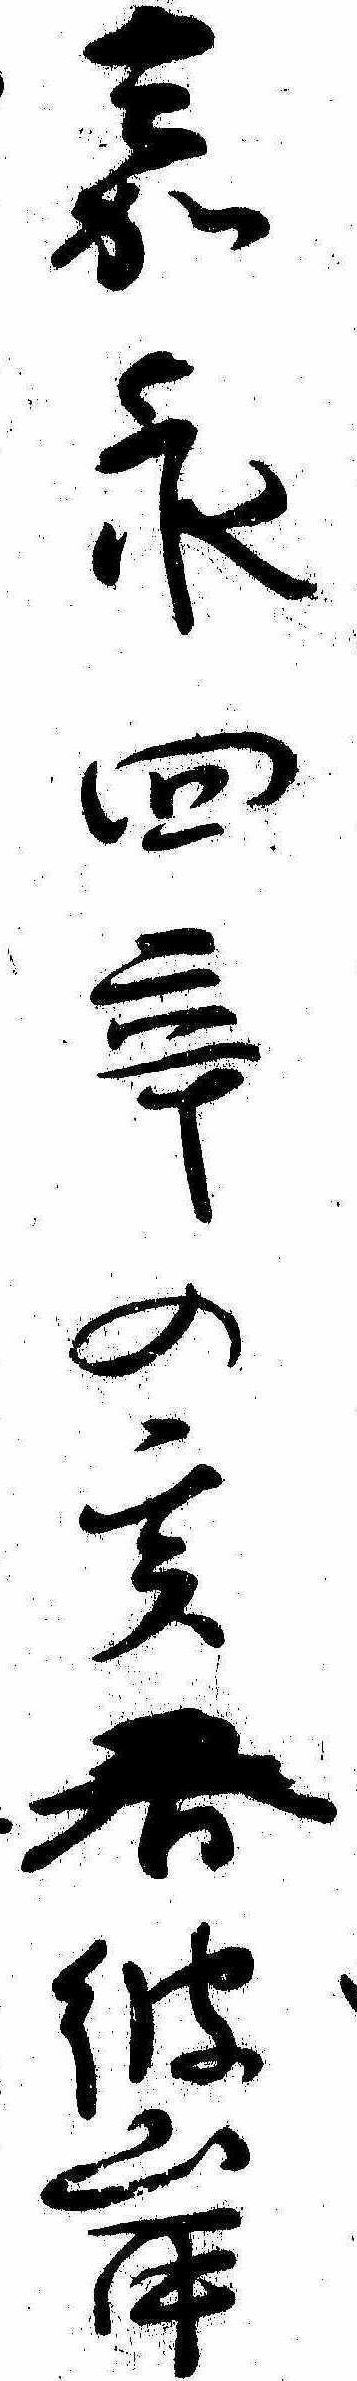
嘉永四辛の亥春彼岸